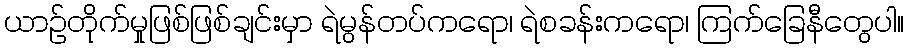
ယာဉ်တိုက်မှုဖြစ်ဖြစ်ချင်းမှာ ရဲမွန်တပ်ကရော၊ ရဲစခန်းကရော၊ ကြက်ခြေနီတွေပါ။